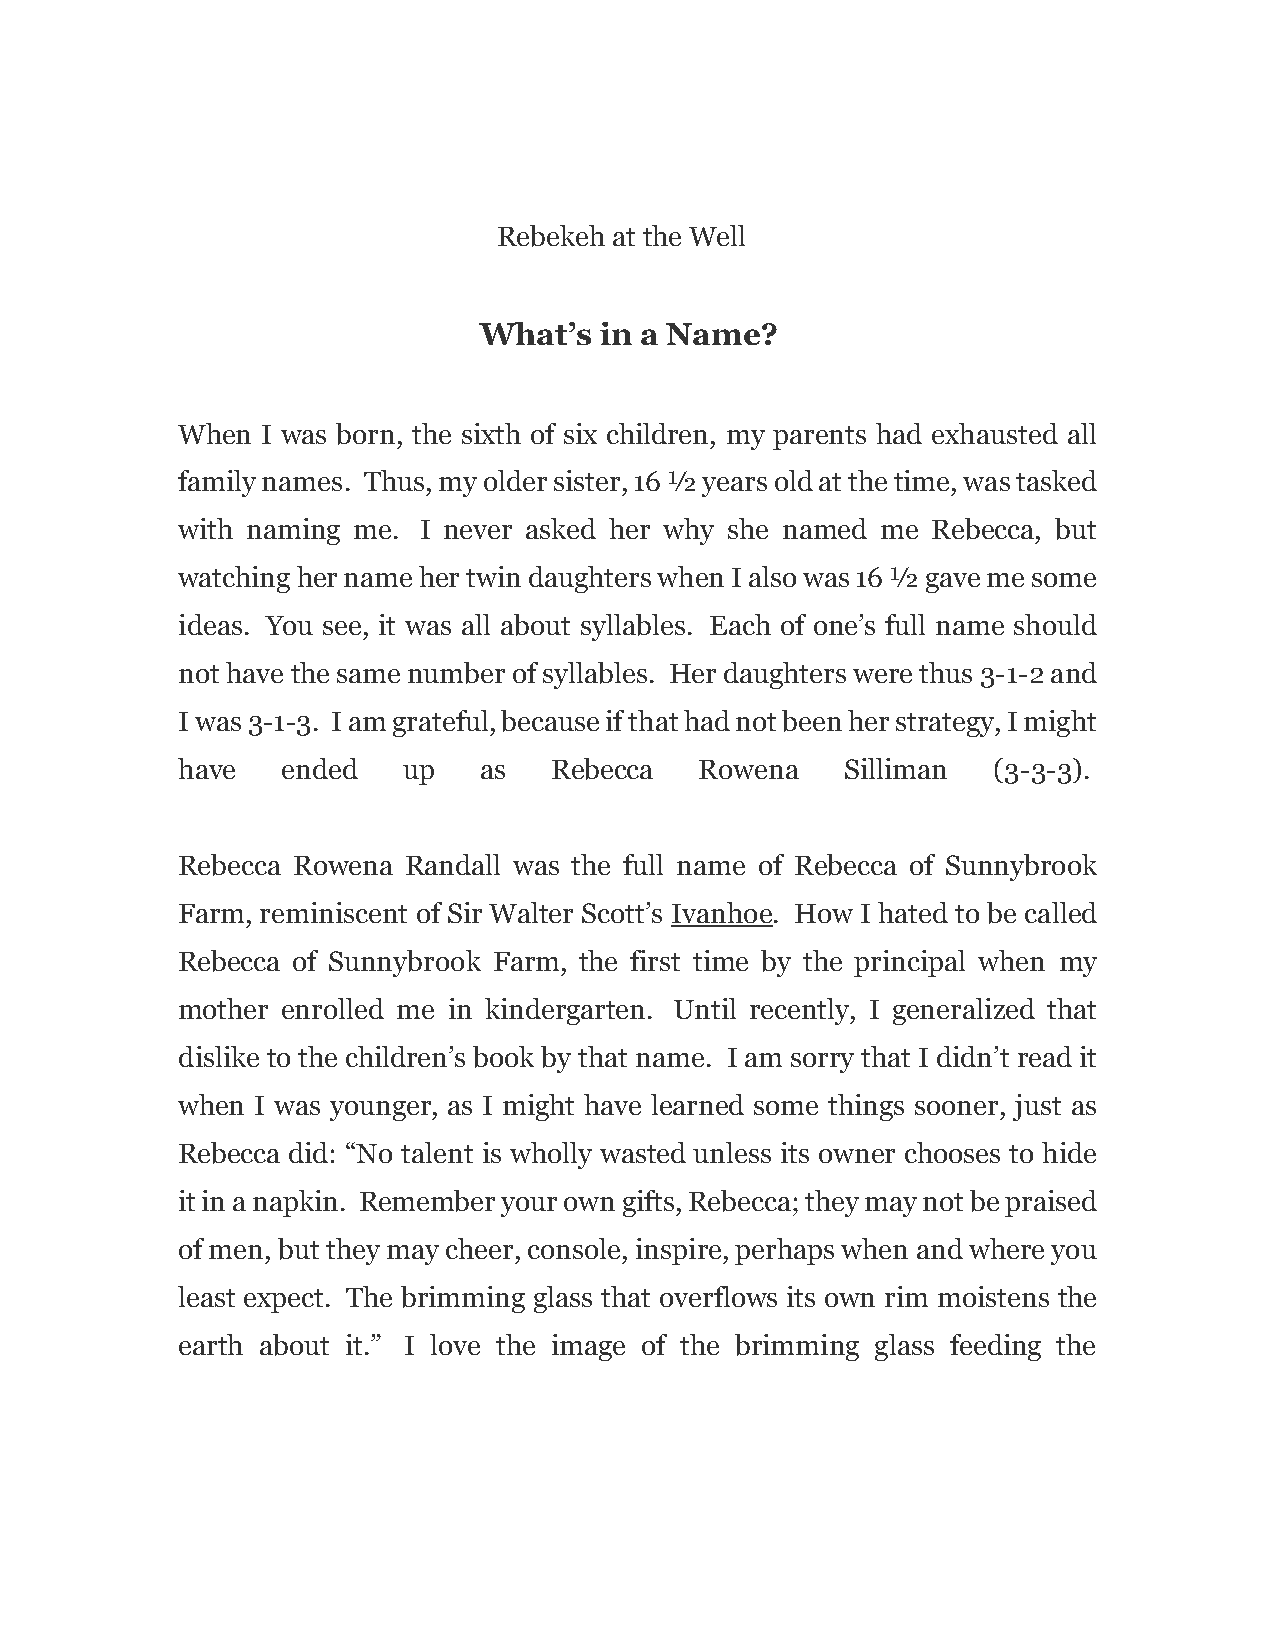
Rebekeh at the Well
 What’s  in a Name?
 When I was born, the sixth of six children, my parents had exhausted all
 family names. Thus, my older sister, 16 ½ years old at the time, was tasked
 with naming me. I never asked her why she named me Rebecca, but
 watching her name her twin daughters when I also was 16 ½ gave me some
 ideas. You see, it was all about syllables. Each of one’s full name should
 not have the same number of syllables. Her daughters were thus 3-1-2 and
 I was 3-1-3. I am grateful, because if that had not been her strategy, I might
 have   ended   up   as   Rebecca  Rowena    Silliman  (3-3-3).
 Rebecca Rowena Randall was the full name of Rebecca of Sunnybrook
 Farm, reminiscent of Sir Walter Scott’s Ivanhoe. How I hated to be called
 Rebecca of Sunnybrook Farm, the first time by the principal when my
 mother enrolled me in kindergarten. Until recently, I generalized that
 dislike to the children’s book by that name. I am sorry that I didn’t read it
 when I was younger, as I might have learned some things sooner, just as
 Rebecca did: “No talent is wholly wasted unless its owner chooses to hide
 it in a napkin. Remember your own gifts, Rebecca; they may not be praised
 of men, but they may cheer, console, inspire, perhaps when and where you
 least expect. The brimming glass that overflows its own rim moistens the
 earth about it.” I love the image of the brimming glass feeding the